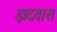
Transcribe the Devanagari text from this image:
झदवास